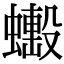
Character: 𧒼